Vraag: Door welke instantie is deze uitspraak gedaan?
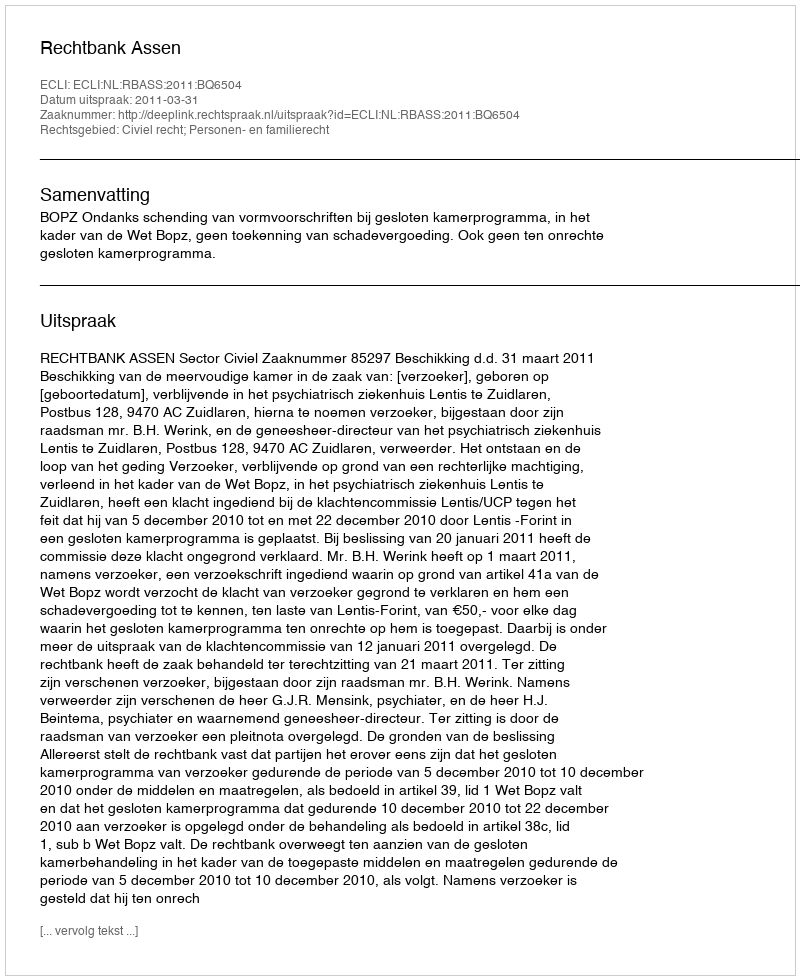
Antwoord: Rechtbank Assen